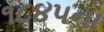
૧૮૪૫ના